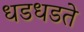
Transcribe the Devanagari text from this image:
धडधडते